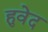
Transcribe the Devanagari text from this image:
हुवेद